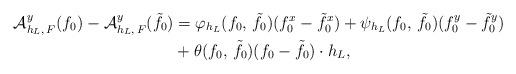
LaTeX: \begin{align*}\mathcal{A}^y_{h_L, \, F} (f_0) - \mathcal{A}^y_{h_L, \, F} (\tilde{f}_0) & = \varphi_{h_L} (f_0, \, \tilde{f}_0) (f_0^x - \tilde{f}_0^x) + \psi_{h_L} (f_0, \, \tilde{f}_0) (f_0^y - \tilde{f}_0^y) \\& + \theta(f_0, \, \tilde{f}_0) (f_0 - \tilde{f}_0) \cdot h_L,\end{align*}